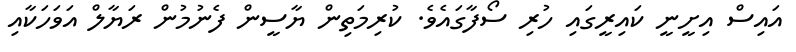
އައިސް އިށީނީ ކައިރީގައި ހުރި ސޯފާގައެވެ. ކުރިމަތިން ޔާސީން ފެނުމުން ރަޔާލް އަވަހަކާއި